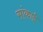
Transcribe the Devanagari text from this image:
सांकाई